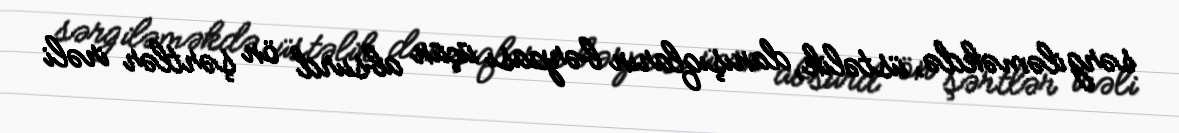
sərgiləməkdə, üstəlik, danışıqların bərpası üçün absurd ön şərtlər irəli